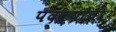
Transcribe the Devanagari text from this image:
पदव्यांची